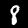
Digit: 8